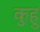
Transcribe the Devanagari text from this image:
कुहु